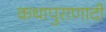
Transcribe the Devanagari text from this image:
कथापुराणादी